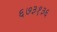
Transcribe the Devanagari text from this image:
६७३१३६